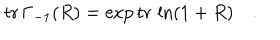
\mathrm { t r } \, \Gamma _ { - 1 } ( R ) = \exp \mathrm { t r } \, \ln ( 1 + R ) \quad .